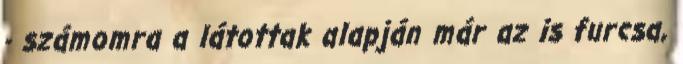
- számomra a látottak alapján már az is furcsa,